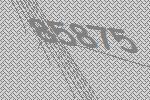
85875